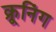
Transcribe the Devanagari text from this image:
क्रूनिंग